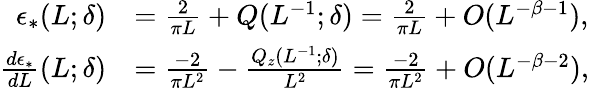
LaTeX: \begin{array}{rl}{\epsilon_{*}(L;\delta)}&{=\frac{2}{\pi L}+Q(L^{-1};\delta)=\frac{2}{\pi L}+O(L^{-\beta-1}),}\\ {\frac{d\epsilon_{*}}{dL}(L;\delta)}&{=\frac{-2}{\pi L^{2}}-\frac{Q_{z}(L^{-1};\delta)}{L^{2}}=\frac{-2}{\pi L^{2}}+O(L^{-\beta-2}),}\end{array}